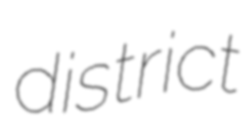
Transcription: district